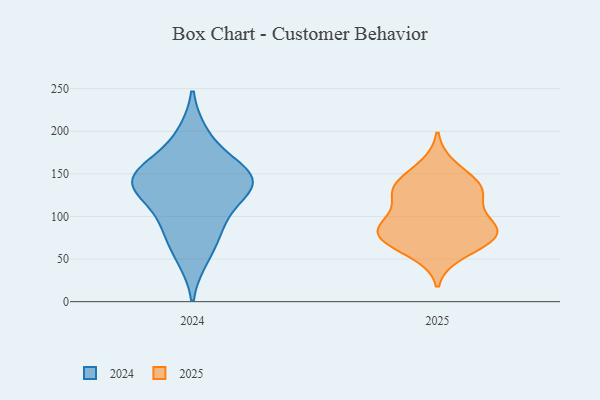
{"axis": {"x": "Page Views", "y": "Value"}, "legend": ["2024", "2025"], "data": [{"x": "", "y": 125, "type": "2025"}, {"x": "", "y": 74, "type": "2025"}, {"x": "", "y": 87, "type": "2025"}, {"x": "", "y": 137, "type": "2025"}, {"x": "", "y": 91, "type": "2025"}, {"x": "", "y": 57, "type": "2025"}, {"x": "", "y": 85, "type": "2025"}, {"x": "", "y": 119, "type": "2025"}, {"x": "", "y": 134, "type": "2025"}, {"x": "", "y": 88, "type": "2025"}, {"x": "", "y": 70, "type": "2025"}, {"x": "", "y": 76, "type": "2025"}, {"x": "", "y": 135, "type": "2025"}, {"x": "", "y": 159, "type": "2025"}, {"x": "", "y": 83, "type": "2024"}, {"x": "", "y": 146, "type": "2024"}, {"x": "", "y": 195, "type": "2024"}, {"x": "", "y": 159, "type": "2024"}, {"x": "", "y": 128, "type": "2024"}, {"x": "", "y": 145, "type": "2024"}, {"x": "", "y": 53, "type": "2024"}, {"x": "", "y": 94, "type": "2024"}, {"x": "", "y": 135, "type": "2024"}, {"x": "", "y": 141, "type": "2024"}]}